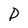
Character: D